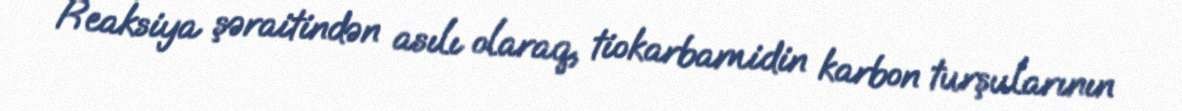
Reaksiya şəraitindən asılı olaraq, tiokarbamidin karbon turşularının